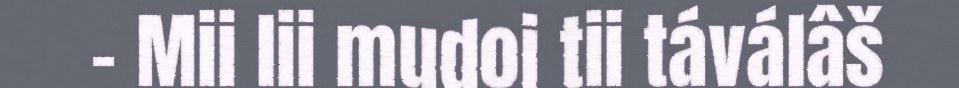
- Mii lii mudoi tii táválâš